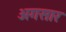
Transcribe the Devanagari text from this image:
अगसार